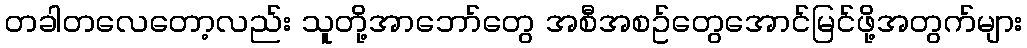
တခါတလေတော့လည်း သူတို့အာဘော်တွေ အစီအစဥ်တွေအောင်မြင်ဖို့အတွက်များ